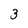
Character: 3